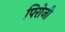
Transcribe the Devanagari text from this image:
पिरोजी